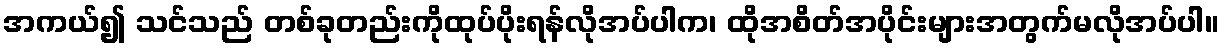
အကယ်၍ သင်သည် တစ်ခုတည်းကိုထုပ်ပိုးရန်လိုအပ်ပါက၊ ထိုအစိတ်အပိုင်းများအတွက်မလိုအပ်ပါ။